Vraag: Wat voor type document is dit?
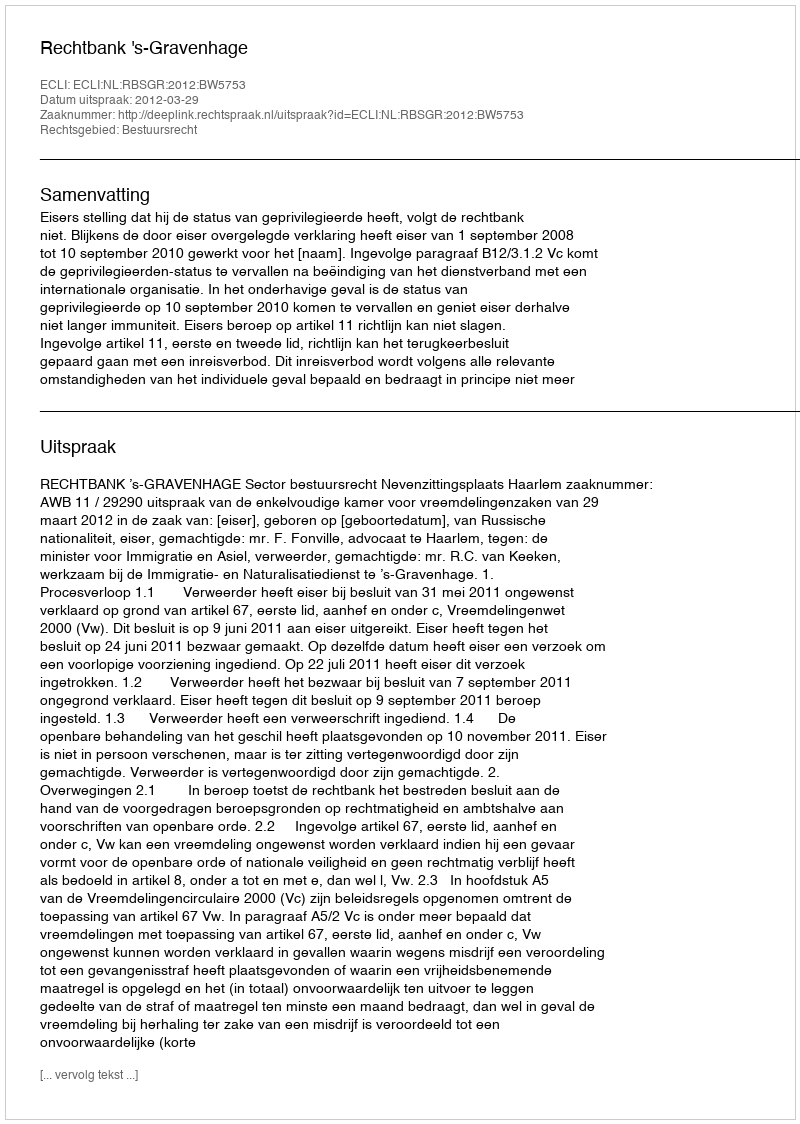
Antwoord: Uitspraak